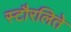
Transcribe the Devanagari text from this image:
स्टौरलिते